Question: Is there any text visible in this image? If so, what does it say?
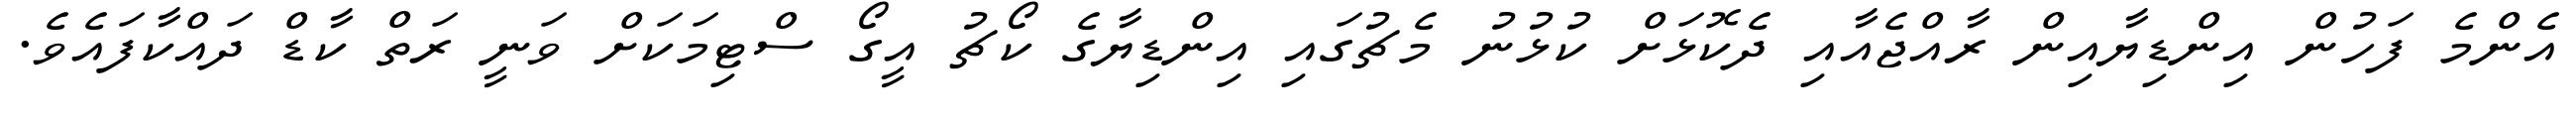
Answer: އެންމެ ފަހުން އިންޑިޔާއިން ރާއްޖެއާއި ދެކޮޅަށް ކުޅުނު މެޗުގައި އިންޑިޔާގެ ކޯޗު އީގޯ ސްޓިމަކަށް ވަނީ ރަތް ކާޑް ދައްކާފައެވެ.